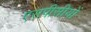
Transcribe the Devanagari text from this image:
एसपीसीयों